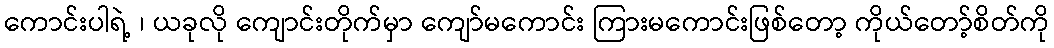
ကောင်းပါရဲ့ ၊ ယခုလို ကျောင်းတိုက်မှာ ကျော်မကောင်း ကြားမကောင်းဖြစ်တော့ ကိုယ်တော့်စိတ်ကို